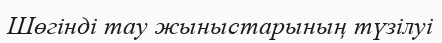
Шөгінді тау жыныстарының түзілуі